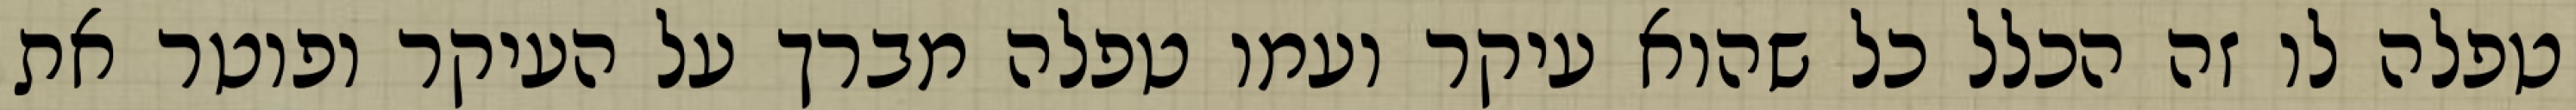
טפלה לו זה הכלל כל שהוא עיקר ועמו טפלה מברך על העיקר ופוטר את